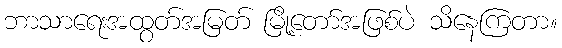
ဘာသာရေးအထွတ်အမြတ် မြို့တော်အဖြစ်ပဲ သိနေကြတာ။